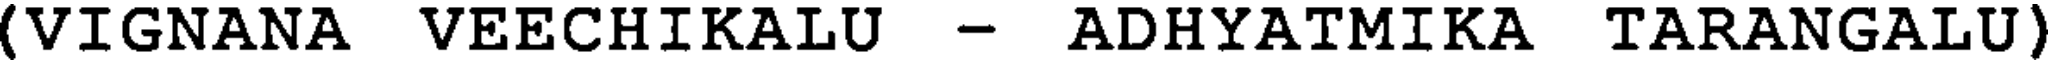
(VIGNANA VEECHIKALU - ADHYATMIKA TARANGALU)